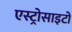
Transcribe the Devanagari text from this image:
एस्ट्रोसाइटों